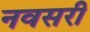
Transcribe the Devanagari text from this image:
नवसरी